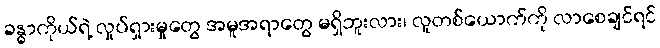
ခန္ဓာကိုယ်ရဲ့ လှုပ်ရှားမှုတွေ အမူအရာတွေ မရှိဘူးလား၊ လူတစ်ယောက်ကို လာစေချင်ရင်